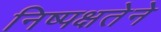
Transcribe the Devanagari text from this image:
निष्पक्षतेने